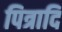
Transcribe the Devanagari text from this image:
पित्रादि